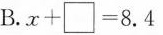
B.$$x + \Box = 8.4$$